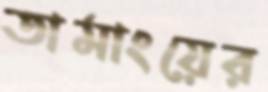
তামাংয়ের